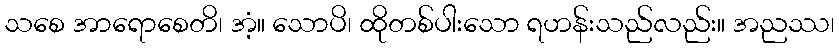
သစေ အာရောစေတိ၊ အံ့။ သောပိ၊ ထိုတစ်ပါးသော ရဟန်းသည်လည်း။ အညဿ၊